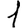
Digit: 1